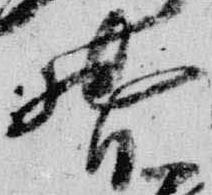
督